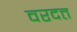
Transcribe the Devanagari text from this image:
वरदत्त